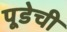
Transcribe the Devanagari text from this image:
पूडेची